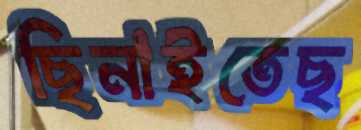
ছিনাইতেছ